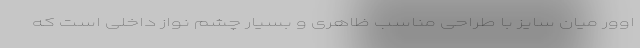
اوور میان سایز با طراحی مناسب ظاهری و بسیار چشم نواز داخلی است که